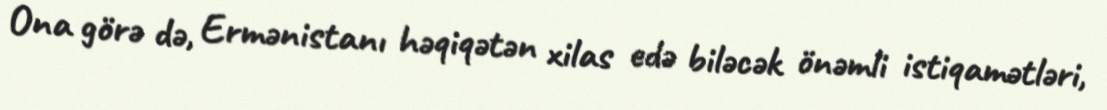
Ona görə də, Ermənistanı həqiqətən xilas edə biləcək önəmli istiqamətləri,